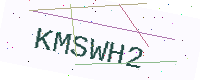
Text: KMSWH2